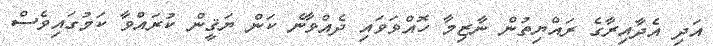
އަދި އެދާއިރާގެ ރައްޔިތުން ނާޒިމާ ހޮއްވަވައި ދެއްވާނެ ކަން ޔަޤީން ކުރައްވާ ކަމުގައިވެސް